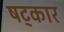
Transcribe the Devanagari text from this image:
षट्‌कार